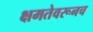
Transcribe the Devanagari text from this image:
क्षमतेवरूनच